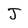
Character: J